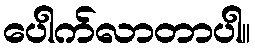
ပေါက်လာတာပါ။